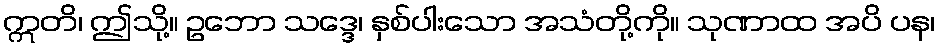
ဣတိ၊ ဤသို့။ ဥဘော သဒ္ဒေ၊ နှစ်ပါးသော အသံတို့ကို။ သုဏာထ အပိ ပန၊